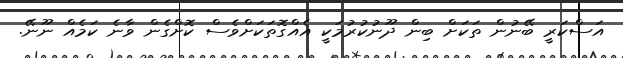
އަސްކަރީ ބޭނުން ތަކަށް ބިން ދޫނުކުރުމަކީ އެއްގޮތަކަށްވެސް ކޮށްގެން ވާނެ ކަމެއް ނޫނޭ.